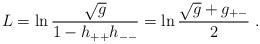
LaTeX: \begin{align*}L=\ln \frac{\sqrt g}{1-h_{++}h_{--}}=\ln \frac{\sqrt g+g_{+-}}{2}\ .\end{align*}